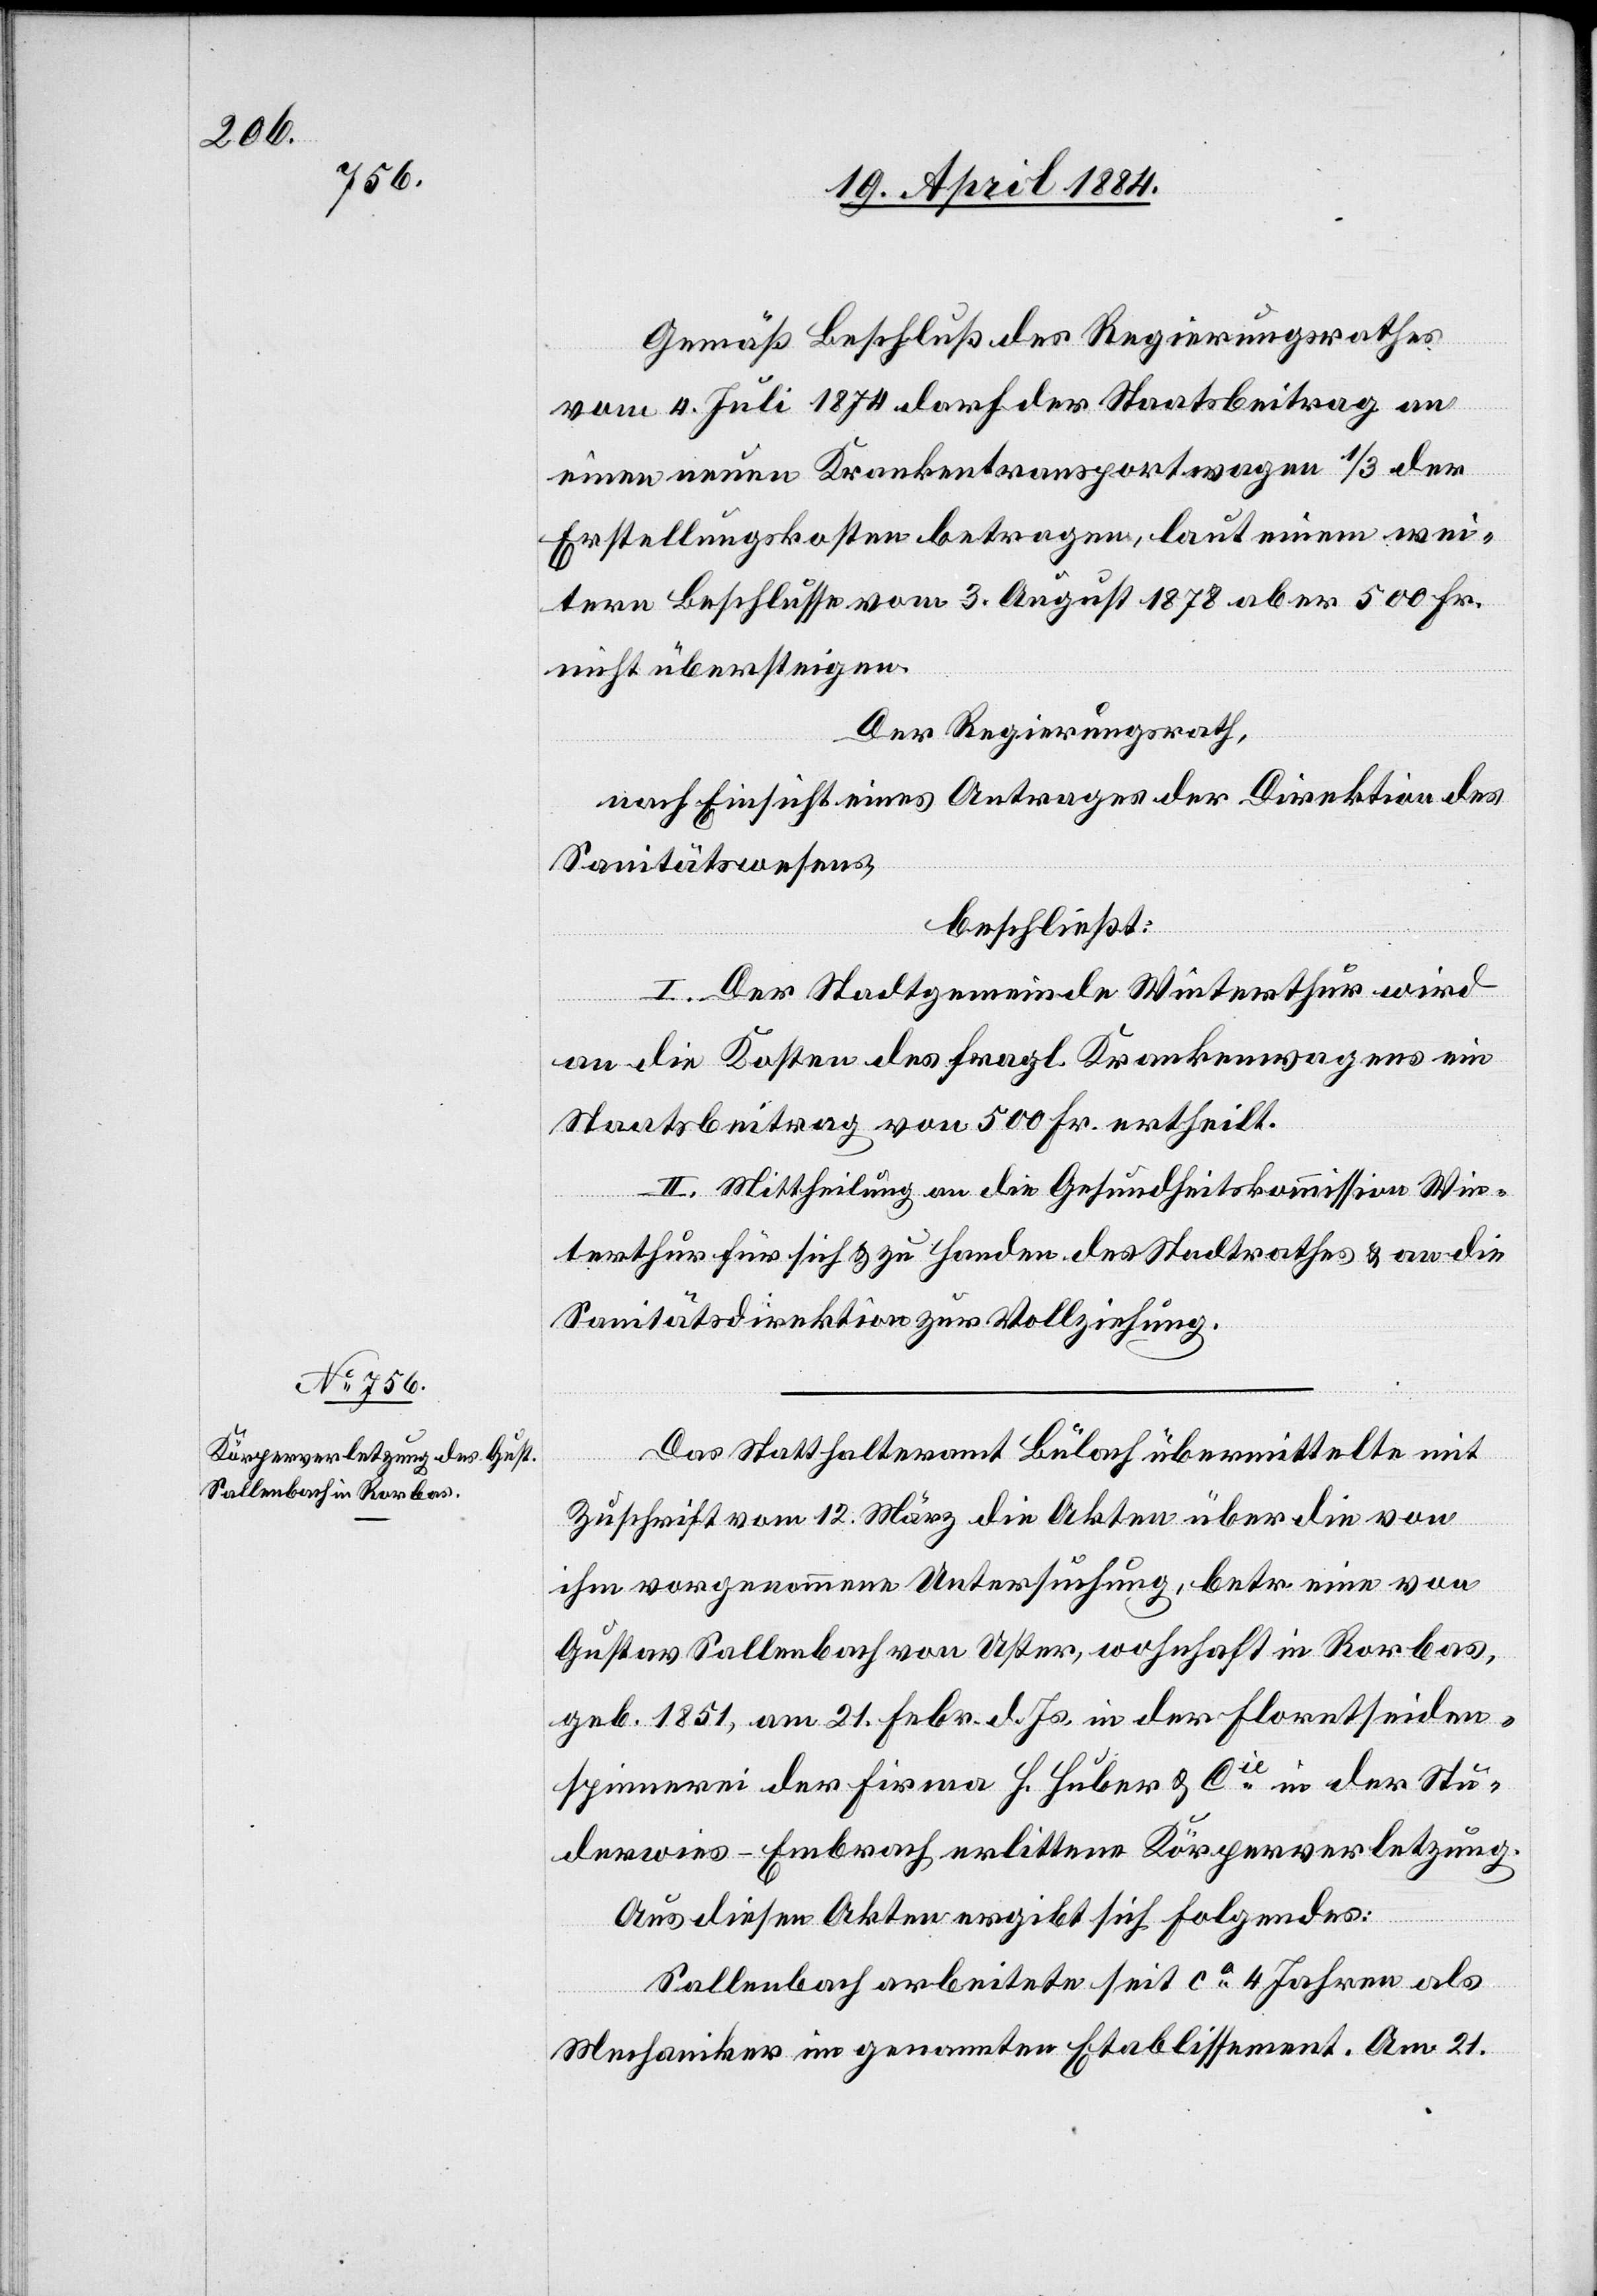
Gemäß Beschluß des Regierungsrathes
vom 4. Juli 1874 darf der Staatbeitrag an
einen neuen Krankentransportwagen 1/3 der
Erstellungskosten betragen, laut einem wei¬
tern Beschlusse vom 3. August 1878 aber 500 Fr.
nicht übersteigen.
Der Regierungsrath,
nach Einsicht eines Antrages der Direktion des
Sanitätswesens,
beschließt:
I. Der Stadtgemeinde Winterthur wird
an die Kosten des fragl. Krankenwagens ein
Staatsbeitrag von 500 Fr. ertheilt.
II. Mittheilung an die Gesundheitskommission Win¬
terthur für sich & zu Handen des Stadtrathes & an die
Sanitätsdirektion zur Vollziehung.
Das Statthalteramt Bülach übermittelte mit
Zuschrift vom 12. März die Akten über die von
ihm vorgenommene Untersuchung, betr. eine von
Gustav Sallenbach von Uster, wohnhaft in Rorbas,
geb. 1851, am 21. Febr. d. Js. in der Floretseiden¬
spinnerei der Firma H. Huber & Cie in der Stu¬
derwies - Embrach erlittene Körperverletzung.
Aus diesen Akten ergibt sich folgendes:
Sallenbach arbeitete seit ca 4 Jahren als
Mechaniker im genannten Etablissement. Am 21.